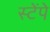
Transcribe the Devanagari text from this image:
स्टेंपे